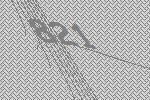
821